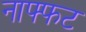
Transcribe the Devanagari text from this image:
नाफ्फट